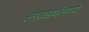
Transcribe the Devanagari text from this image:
लाळग्रंथीमध्ये